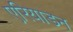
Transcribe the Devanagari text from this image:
एरियाडन